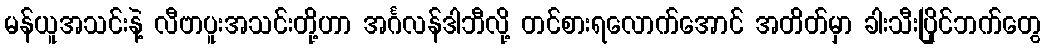
မန်ယူအသင်းနဲ့ လီဗာပူးအသင်းတို့ဟာ အင်္ဂလန်ဒါဘီလို့ တင်စားရလောက်အောင် အတိတ်မှာ ခါးသီးပြိုင်ဘက်တွေ